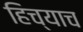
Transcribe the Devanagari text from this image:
हिच्याच